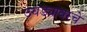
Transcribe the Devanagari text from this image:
उघड्यावरचे